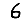
Digit: 6